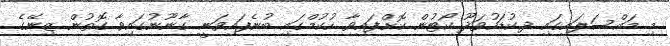
މި މައްސަލައިގައި ދ.ކުޑަހުވަދޫ ކޯޓުން ކޮށްފައިވާ ހުކުމްގައި ބުނެފައިވަނީ ގާނޫނުގައިވާ ގޮތުން ޒިނޭގެ